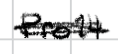
Text: Pro14
Cross-out: scratch
Writing tool: digital_black